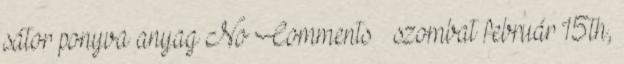
sátor ponyva anyag No Comments » szombat február 15th,